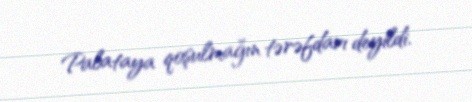
Palataya qoşulmağın tərəfdarı deyildi.